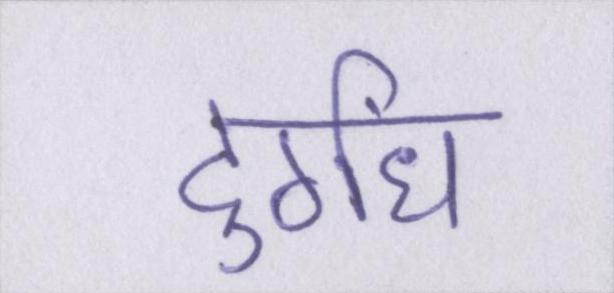
दुर्गंध